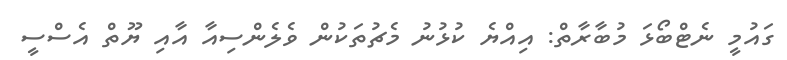
ގައުމީ ނެޓްބޯޅަ މުބާރާތް: އިއްޔެ ކުޅުނު މެޗުތަކުން ވެލެންސިއާ އާއި ޔޫތް އެސްސީ